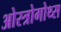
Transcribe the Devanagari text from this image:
ओस्त्रोगोथ्स